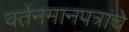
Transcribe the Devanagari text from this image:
वर्तनमानपत्रांचे